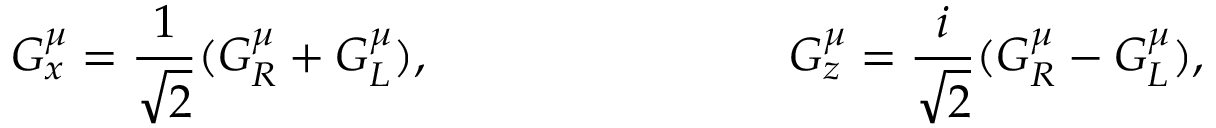
G _ { x } ^ { \mu } = \frac { 1 } { \sqrt { 2 } } ( G _ { R } ^ { \mu } + G _ { L } ^ { \mu } ) , \ ~ ~ ~ ~ ~ ~ \ ~ ~ ~ ~ ~ ~ ~ \ ~ ~ ~ ~ ~ ~ ~ G _ { z } ^ { \mu } = \frac { i } { \sqrt { 2 } } ( G _ { R } ^ { \mu } - G _ { L } ^ { \mu } ) ,